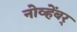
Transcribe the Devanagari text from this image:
नोव्हेंबर्